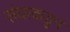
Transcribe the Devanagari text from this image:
संघाकडुन